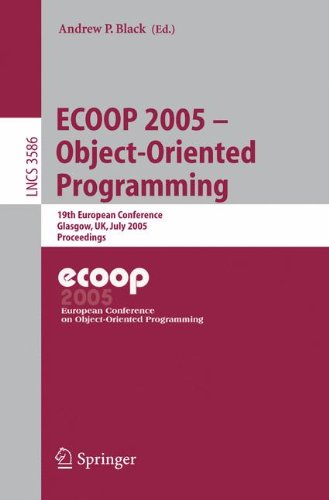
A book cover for ECOOP 2005 - Object-Oriented Programming: 19th European Conference, Glasgow, UK, July 25-29, 2005. Proceedings (Lecture Notes in Computer Science); Computers & Technology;